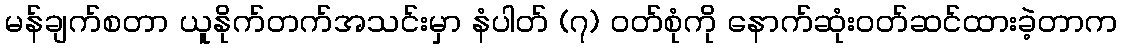
မန်ချက်စတာ ယူနိုက်တက်အသင်းမှာ နံပါတ် (၇) ဝတ်စုံကို နောက်ဆုံးဝတ်ဆင်ထားခဲ့တာက